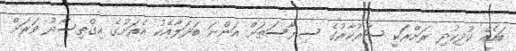
ބައެއް ކުދިކުދި ރަށްރަކީ ސަރުކާރުގެ ސިޔާސަތަށް އަންނަ ބަދަލާއެކު އެރަށުގެ އިގްތިސޯދު ވަރަށް